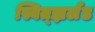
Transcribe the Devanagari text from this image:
स्वित्झ्रर्लँड